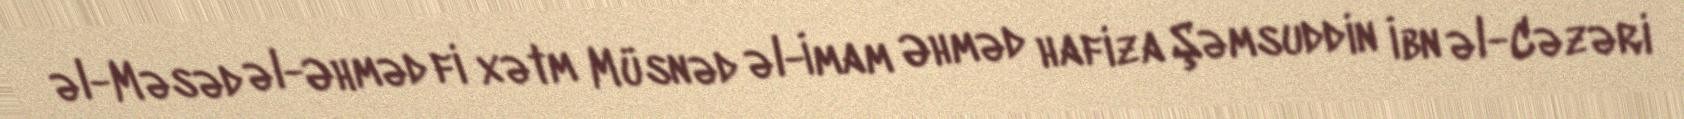
əl-Məsəd əl-Əhməd fi xətm Müsnəd əl-İmam Əhməd hafiza Şəmsuddin İbn əl-Cəzəri